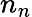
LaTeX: n_{n}